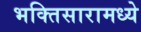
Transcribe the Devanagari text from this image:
भक्तिसारामध्ये